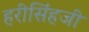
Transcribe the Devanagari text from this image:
हरीसिंहजी